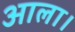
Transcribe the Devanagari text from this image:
आला।